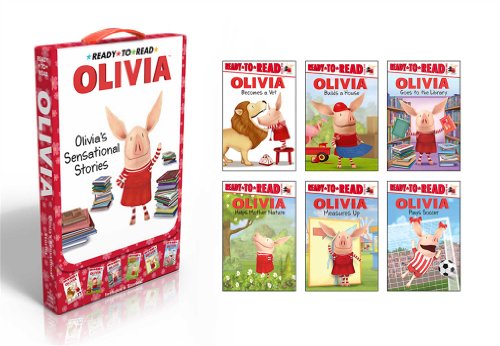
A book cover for OLIVIA's Sensational Stories: Olivia Helps Mother Nature; Olivia Goes to the Library; Olivia Plays Soccer; Olivia Measures Up; Olivia Builds a House; Olivia Becomes a Vet (Olivia TV Tie-in); Various; Children's Books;